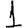
Digit: 1